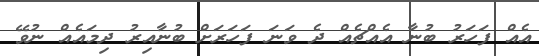
އެއް ފަހަރު ބުނާ އެއްޗެއް ދެ ވަނަ ފަހަރަށް ބުނާއިރު ދިމައެއް ނުވޭ